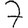
Digit: 7